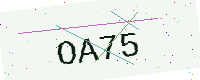
Text: OA75